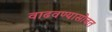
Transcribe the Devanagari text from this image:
वाढवण्यासोबत